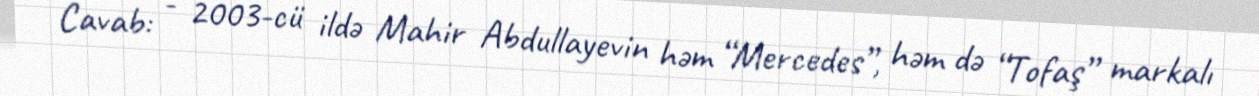
Cavab: - 2003-cü ildə Mahir Abdullayevin həm “Mercedes”, həm də “Tofaş” markalı